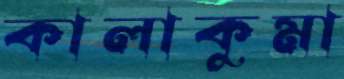
কালাকুমা